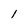
Character: l